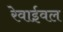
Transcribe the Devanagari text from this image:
रेवाईवल